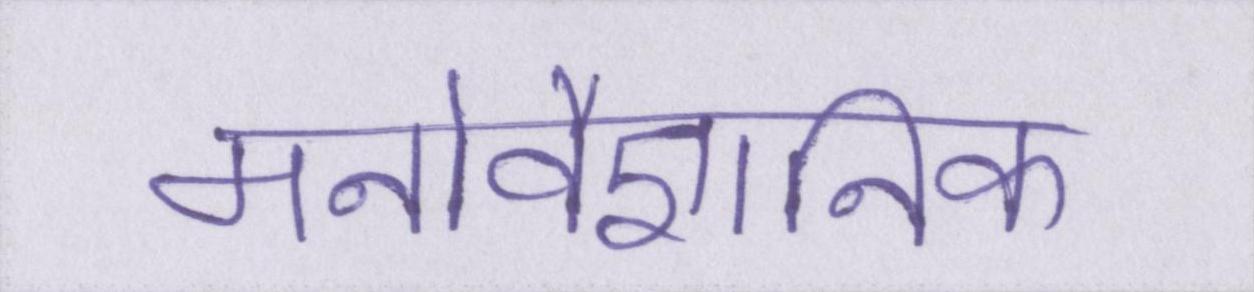
मनोवैज्ञानिक